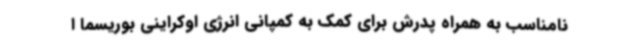
نامناسب به همراه پدرش برای کمک به کمپانی انرژی اوکراینی بوریسما ا